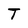
Character: T